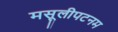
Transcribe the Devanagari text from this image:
मसूलीपटनम